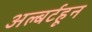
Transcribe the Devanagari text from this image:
अल्बर्टहून